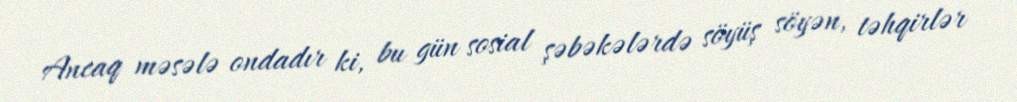
Ancaq məsələ ondadır ki, bu gün sosial şəbəkələrdə söyüş söyən, təhqirlər